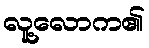
လူ့လောက၏